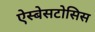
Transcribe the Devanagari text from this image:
ऐस्बेसटोसिस